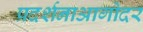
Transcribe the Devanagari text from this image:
प्रदर्शनाआगोदर